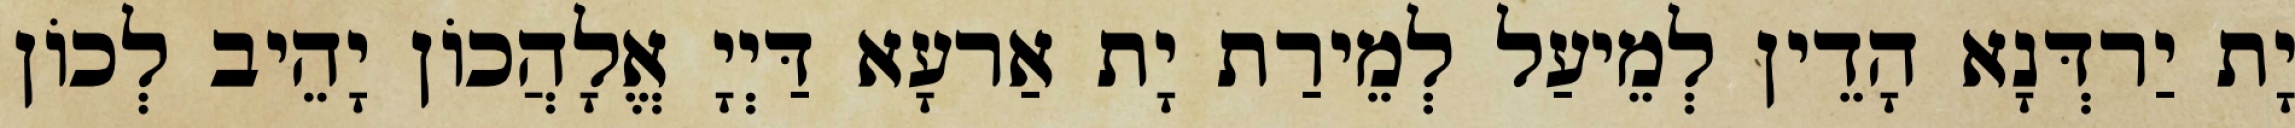
יָת יַרדְּנָא הָדֵין לְמֵיעַל לְמֵירַת יָת אַרעָא דַּיְיָ אֱלָהֲכוֹן יָהֵיב לְכוֹן